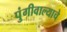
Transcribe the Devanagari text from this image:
पुंगीवाल्याचे